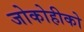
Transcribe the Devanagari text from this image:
जोकोहीको